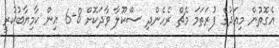
އެގޮތުން މިއަދުގެ ފުރަތަމަ މެޗް ރެހެންދި ސްކޫލާ ވާދަކޮށް 8-6 އިން ކާމިޔާބުކުރީ